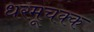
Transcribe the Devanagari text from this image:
धरमूचक्क